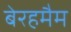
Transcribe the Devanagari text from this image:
बेरहमैम